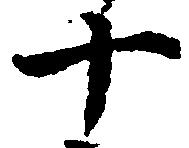
十